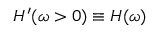
H ^ { \prime } ( \omega > 0 ) \equiv H ( \omega )